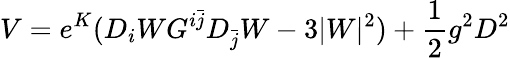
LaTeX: V=e^{K}(D_{i}WG^{i\bar{j}}D_{\bar{j}}W-3\vert W\vert^{2})+{\frac{1}{2}}g^{2}D^{2}